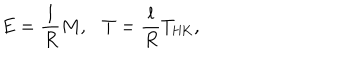
LaTeX: E = \frac { l } { R } M , \ \ \ T = \frac { l } { R } T _ { \mathrm { H K } } ,